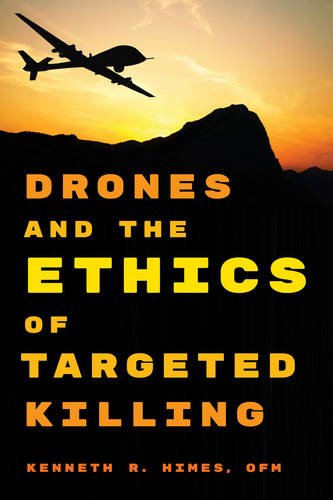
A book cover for Drones and the Ethics of Targeted Killing; Kenneth R. Himes  OFM; Religion & Spirituality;